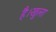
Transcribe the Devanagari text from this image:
है।खुला